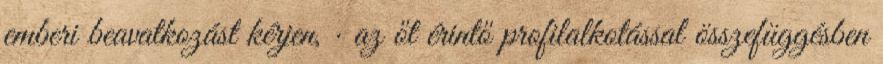
emberi beavatkozást kérjen, · az őt érintő profilalkotással összefüggésben